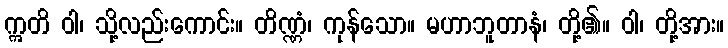
ဣတိ ဝါ၊ သို့လည်းကောင်း။ တိဏ္ဏံ၊ ကုန်သော။ မဟာဘူတာနံ၊ တို့၏။ ဝါ၊ တို့အား။